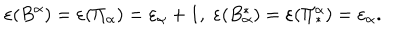
LaTeX: \varepsilon ( B ^ { \alpha } ) = \varepsilon ( \Pi _ { \alpha } ) = \varepsilon _ { \alpha } + 1 , \; \varepsilon ( B _ { \alpha } ^ { \ast } ) = \varepsilon ( \Pi _ { \ast } ^ { \alpha } ) = \varepsilon _ { \alpha } .